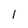
Character: 1